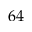
6 4